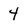
Character: 4